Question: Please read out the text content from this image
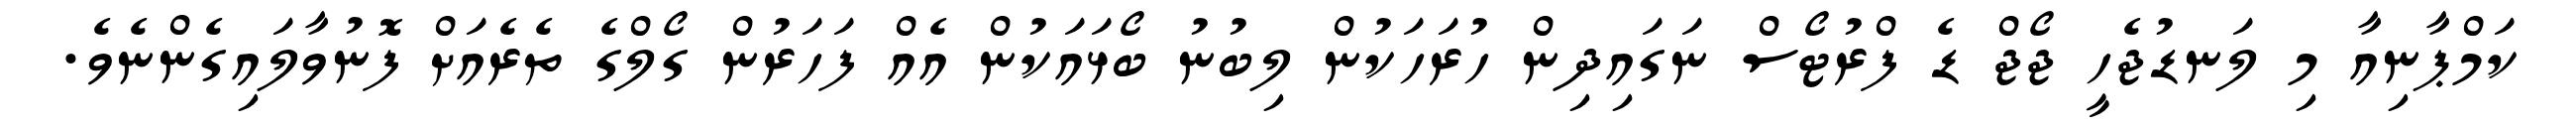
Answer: ކަމްޕާނިއާ މި ލަނޑުޖެހީ ޖޯޖް ޑެ ފްރުޓޯސް ނަގައިދިން ހުރަހަކުން ލިބުނު ބޯޅައަކުން އެއް ފަހަރުން ގޯލްގެ ތެރެއަށް ފޮނުވާލައިގެންނެވެ.